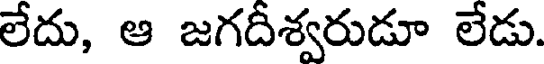
లేదు, ఆ జగదీశ్వరుడూ లేడు.